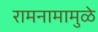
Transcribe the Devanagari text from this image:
रामनामामुळे